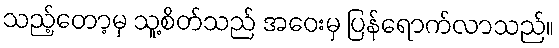
သည့်တော့မှ သူ့စိတ်သည် အဝေးမှ ပြန်ရောက်လာသည်။